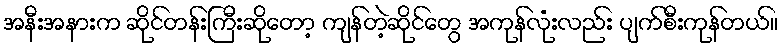
အနီးအနားက ဆိုင်တန်းကြီးဆိုတော့ ကျန်တဲ့ဆိုင်တွေ အကုန်လုံးလည်း ပျက်စီးကုန်တယ်။